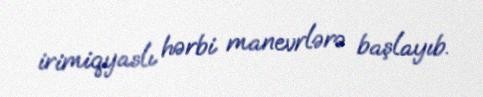
irimiqyaslı hərbi manevrlərə başlayıb.